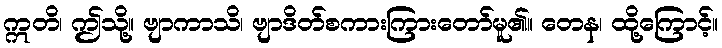
ဣတိ၊ ဤသို့။ ဗျာကာသိ၊ ဗျာဒိတ်စကားကြားတော်မူ၏။ တေန၊ ထို့ကြောင့်။